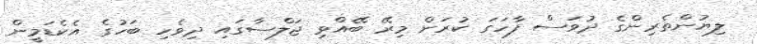
ލިޔުންތެރިންގެ ދުވަސް ފާހަގަ ކުރަން މިރޭ ބޭއްވި ޖަލްސާގައި ދިވެހި ބަހުގެ އެކެޑަމީން